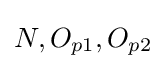
N,O_{p1},O_{p2}